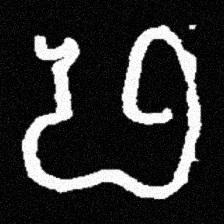
Pyu character \u2014 Myanmar letter: ဖ (romanized: pha)